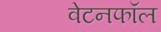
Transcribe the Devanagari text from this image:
वेटनफॉल